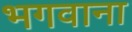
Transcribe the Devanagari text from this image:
भगवाना